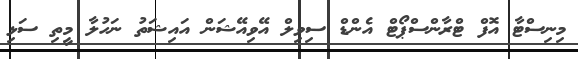
މިނިސްޓާ އޮފް ޓްރާންސްޕޯޓް އެންޑް ސިވިލް އޭވިއޭޝަން އައިޝަތު ނަހުލާ މީތި ސަޅި